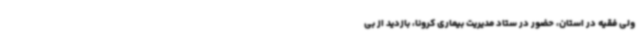
ولی فقیه در استان، حضور در ستاد مدیریت بیماری کرونا، بازدید از بی